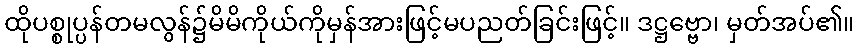
ထိုပစ္စုပ္ပန်တမလွန်၌မိမိကိုယ်ကိုမှန်အားဖြင့်မပညတ်ခြင်းဖြင့်။ ဒဋ္ဌဗ္ဗော၊ မှတ်အပ်၏။